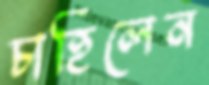
চাহিলেন